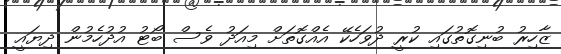
ޒާހިރު ބުނިގޮތުގައި ކުރީ ދުވަހެކޭ އެއްގޮތަށް މިއަދު ވެސް ބޯޓު އުދުހެމުން ދިޔައީ